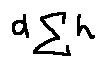
d \sum h